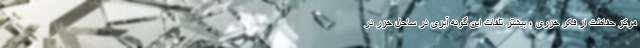
مرکز حفاظت از فکر خزری ، بیشتر تلفات این گونه آبزی در ساحل خزر در